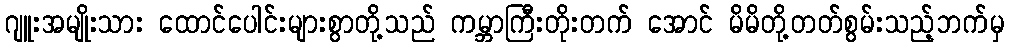
ဂျူးအမျိုးသား ထောင်ပေါင်းများစွာတို့သည် ကမ္ဘာကြီးတိုးတက် အောင် မိမိတို့တတ်စွမ်းသည့်ဘက်မှ